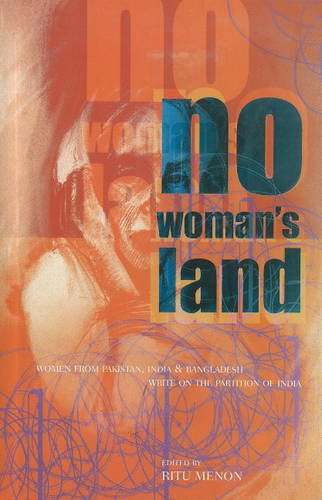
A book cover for No Woman's Land: Women from Pakistan, India and Bangladesh Write on the Partition India; Ritu Menon; History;